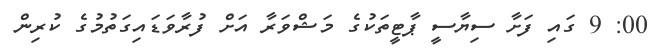
00: 9 ގައި ފަށާ ސިޔާސީ ޕާޓީތަކުގެ މަޝްވަރާ އަށް ފުރާވަޑައިގަތުމުގެ ކުރިން